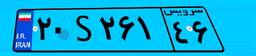
۲۰S۲۶۱۴۶